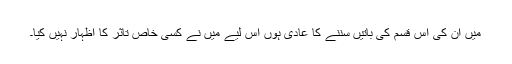
میں اُن کی اِس قسم کی باتیں سننے کا عادی ہوں اِس لیے میں نے کسی خاص تاثر کا اظہار نہیں کیا۔